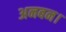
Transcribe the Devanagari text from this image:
अनबन।